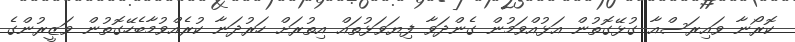
ކޮރޯނާ ވައިރަސްއާ ގުޅޭގޮތުން އަޅުއްވަމުން ގެންދަވާ ފިޔަވަޅުތައް އިތުރަށް ހަރުދަނާ ކުރެއްވުމާބެހޭގޮތުން ވަޒީރުންގެ